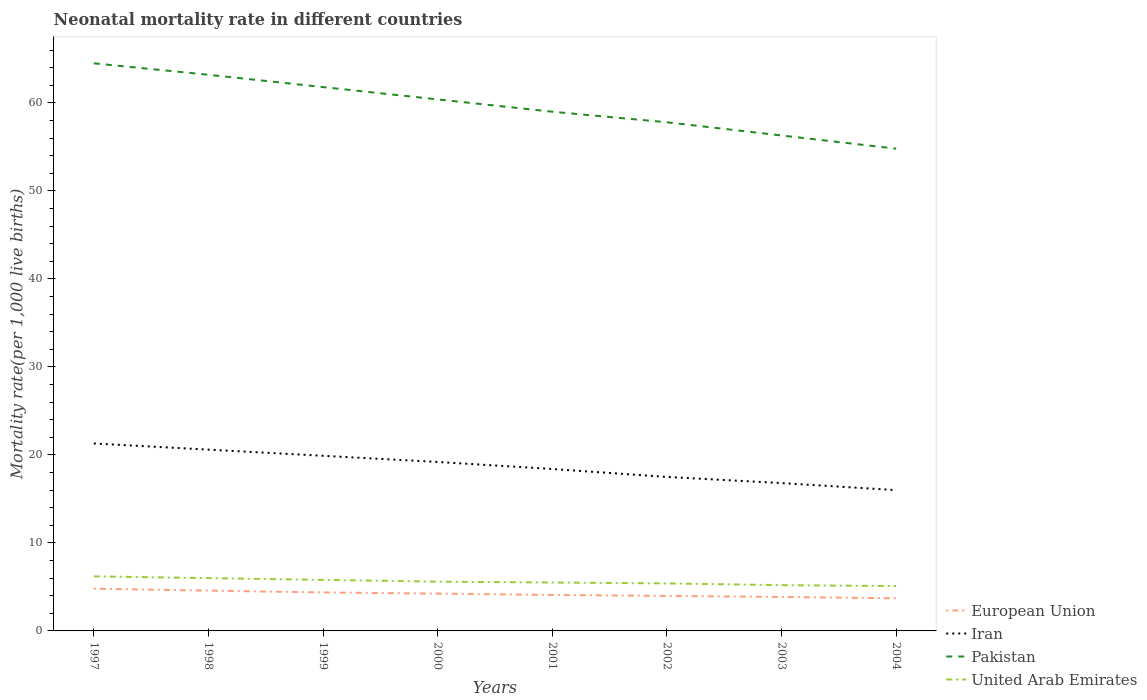
| Years | European Union | Iran | Pakistan | United Arab Emirates |
 | --- | --- | --- | --- | --- |
 | 1997 | 4.8 | 21.3 | 64.5 | 6.2 |
 | 1998 | 4.58 | 20.6 | 63.2 | 6 |
 | 1999 | 4.37 | 19.9 | 61.8 | 5.8 |
 | 2000 | 4.24 | 19.2 | 60.4 | 5.6 |
 | 2001 | 4.08 | 18.4 | 59 | 5.5 |
 | 2002 | 3.98 | 17.5 | 57.8 | 5.4 |
 | 2003 | 3.86 | 16.8 | 56.3 | 5.2 |
 | 2004 | 3.71 | 16 | 54.8 | 5.1 |